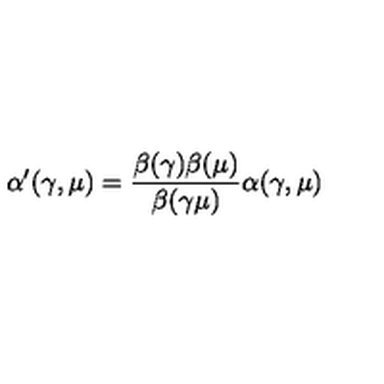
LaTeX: \alpha ^ { \prime } ( \gamma , \mu ) = { \frac { \beta ( \gamma ) \beta ( \mu ) } { \beta ( \gamma \mu ) } } \alpha ( \gamma , \mu )